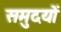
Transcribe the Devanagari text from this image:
समुदयों